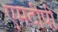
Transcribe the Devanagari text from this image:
एमटीपी